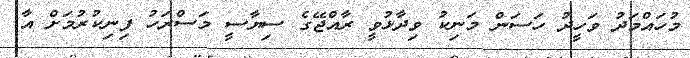
މުހައްމަދު ވަހީދު ހަސަން މަނިކު ވިދާޅުވީ ރާއްޖޭގެ ސިޔާސީ މަސްރަހު ފިނިކުރުމަށް އާ